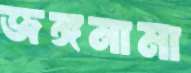
জঙ্গনামা